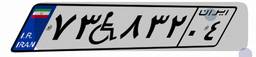
۹۵W۳۹۳۴۶